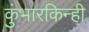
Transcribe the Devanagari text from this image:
कुंभारकिन्ही